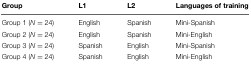
| Group | L1 | L2 | Languages of training |
 | --- | --- | --- | --- |
 | Group 1 (N = 24) | English | Spanish | Mini-Spanish |
 | Group 2 (N = 24) | English | Spanish | Mini-English |
 | Group 3 (N = 24) | Spanish | English | Mini-Spanish |
 | Group 4 (N = 24) | Spanish | English | Mini-English |